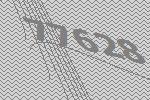
77628